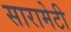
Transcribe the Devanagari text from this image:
सारामेटी